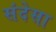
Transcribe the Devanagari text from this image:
संदेसा